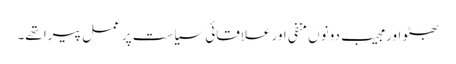
بھٹو اور مجیب دونوں منفی اور علاقائی سیاست پر عمل پیرا تھے۔